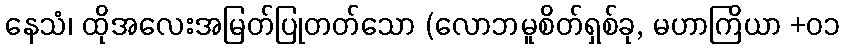
နေသံ၊ ထိုအလေးအမြတ်ပြုတတ်သော (လောဘမူစိတ်ရှစ်ခု, မဟာကြိယာ +၀၁